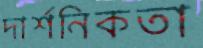
দার্শনিকতা